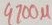
Text: 4700µ